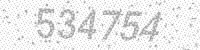
Solution: 534754